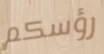
رؤسكم